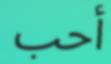
أحب